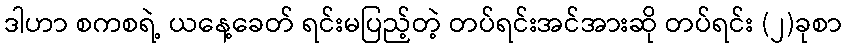
ဒါဟာ စကစရဲ့ ယနေ့ခေတ် ရင်းမပြည့်တဲ့ တပ်ရင်းအင်အားဆို တပ်ရင်း (၂)ခုစာ